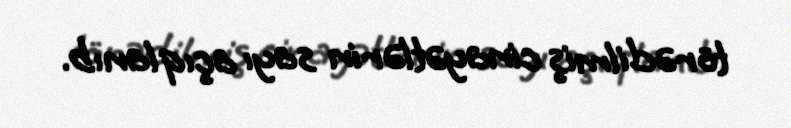
törədilmiş cinayətlərin sayı açıqlanıb.